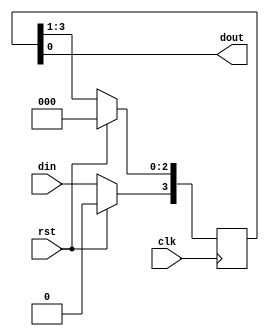
`timescale 1ns / 1ps
//////////////////////////////////////////////////////////////////////////////////
// Company: 
// Engineer: 
// 
// Design Name: 
// Module Name: siso
// Project Name: 
// Target Devices: 
// Tool Versions: 
// Description: 
// 
// Dependencies: 
// 
// Revision:
// Revision 0.01 - File Created
// Additional Comments:
// 
//////////////////////////////////////////////////////////////////////////////////


module siso(input clk,rst,din, output dout);
reg [3:0]temp ; //temp register temp
always @ (posedge clk)
if (rst==1)
begin 
temp<=4'b0000;
end 
else
begin
temp<=temp>>1; // right shift the 4 bit register by 1 bit
temp[3]<=din; // data_in is assigned to temp[3]
end
assign dout =temp[0]; // in every clock cycle the 0 th bit is captured as output.
endmodule